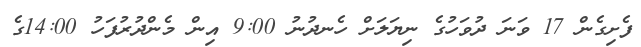
ފެށިގެން 17 ވަނަ ދުވަހުގެ ނިޔަލަށް ހެނދުނު 9:00 އިން މެންދުރުފަހު 14:00ގެ